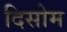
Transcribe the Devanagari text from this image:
दिसोम